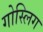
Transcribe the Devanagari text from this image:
गोस्लिग